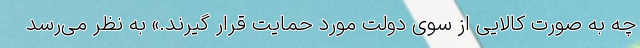
چه به صورت کالایی از سوی دولت مورد حمایت قرار گیرند.» به نظر می‌رسد